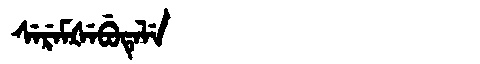
Manchu: ᠰᡝᡵᡝᠮᡧᡝᠪᡠᡨᡝᠯᡝ
Romanization: SEREMŠEBUTELE